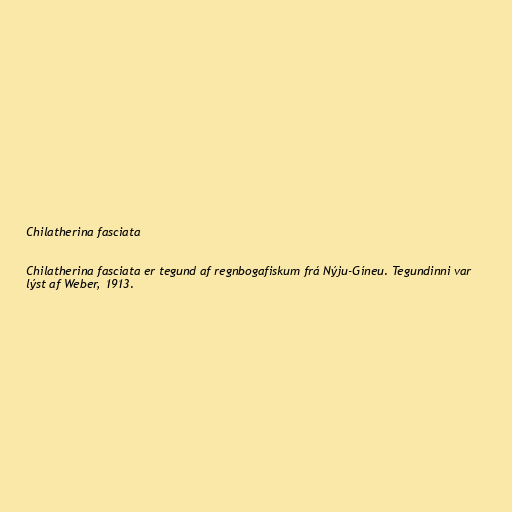
Chilatherina fasciata

Chilatherina fasciata er tegund af regnbogafiskum frá Nýju-Gíneu. Tegundinni var
lýst af Weber, 1913.